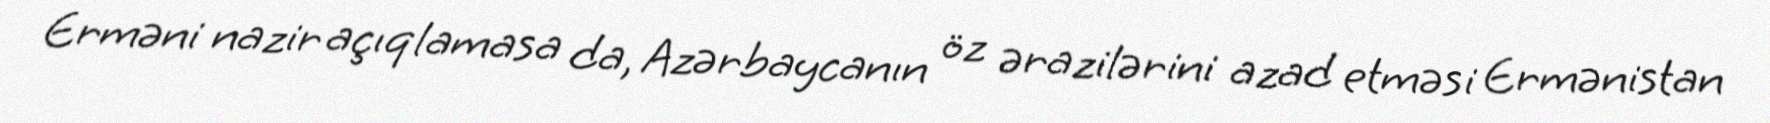
Erməni nazir açıqlamasa da, Azərbaycanın öz ərazilərini azad etməsi Ermənistan